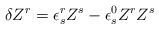
\begin{align*}\delta Z^r=\epsilon^r_s Z^s-\epsilon^0_s Z^rZ^s\end{align*}